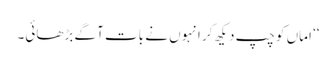
‘‘ اماں کو چپ دیکھ کر انہوں نے بات آگے بڑھائی۔